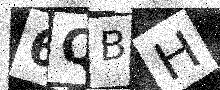
Text: 6QBH